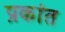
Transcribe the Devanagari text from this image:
प्रकांत